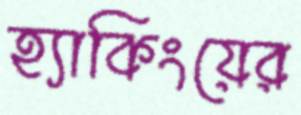
হ্যাকিংয়ের